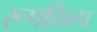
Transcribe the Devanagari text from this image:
रूपशिल्प